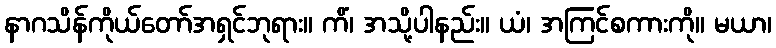
နာဂသိန်ကိုယ်တော်အရှင်ဘုရား။ ကိံ၊ အသို့ပါနည်း။ ယံ၊ အကြင်စကားကို။ မယာ၊